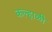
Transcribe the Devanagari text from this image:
कल्हाळी